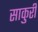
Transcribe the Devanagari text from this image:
साकुरी